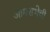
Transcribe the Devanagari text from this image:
आमसभेची